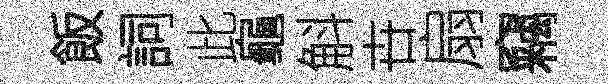
飯詞此龜斛卋扇竊